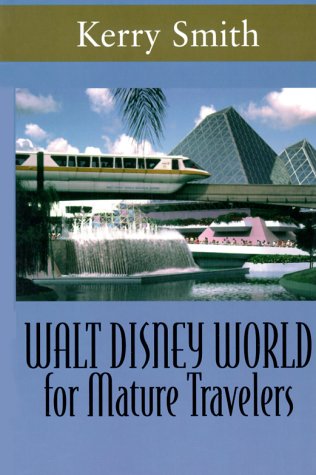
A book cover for Walt Disney World: For Mature Travelers; Kerry Smith; Travel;